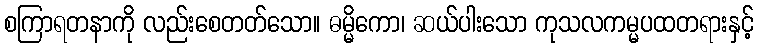
စကြာရတနာကို လည်းစေတတ်သော။ ဓမ္မိကော၊ ဆယ်ပါးသော ကုသလကမ္မပထတရားနှင့်